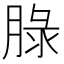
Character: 䐂